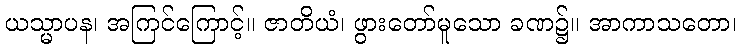
ယသ္မာပန၊ အကြင်ကြောင့်။ ဇာတိယံ၊ ဖွားတော်မူသော ခဏ၌။ အာကာသတော၊